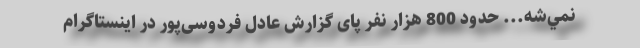
نمي‌شه... حدود 800 هزار نفر پای گزارش عادل فردوسی‌پور در اینستاگرام